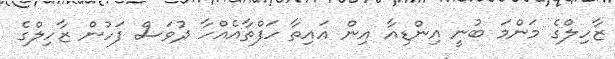
ޒާހިލްގެ މަންމަ ބުނީ އިންޑިއާ އިން އައިތާ ހަފްތާއެއްހާ ދުވަސް ފަހުން ޒާހިލްގެ